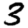
Digit: 3